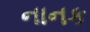
નાનક